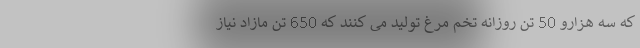
که سه هزارو 50 تن روزانه تخم مرغ تولید می کنند که 650 تن مازاد نیاز